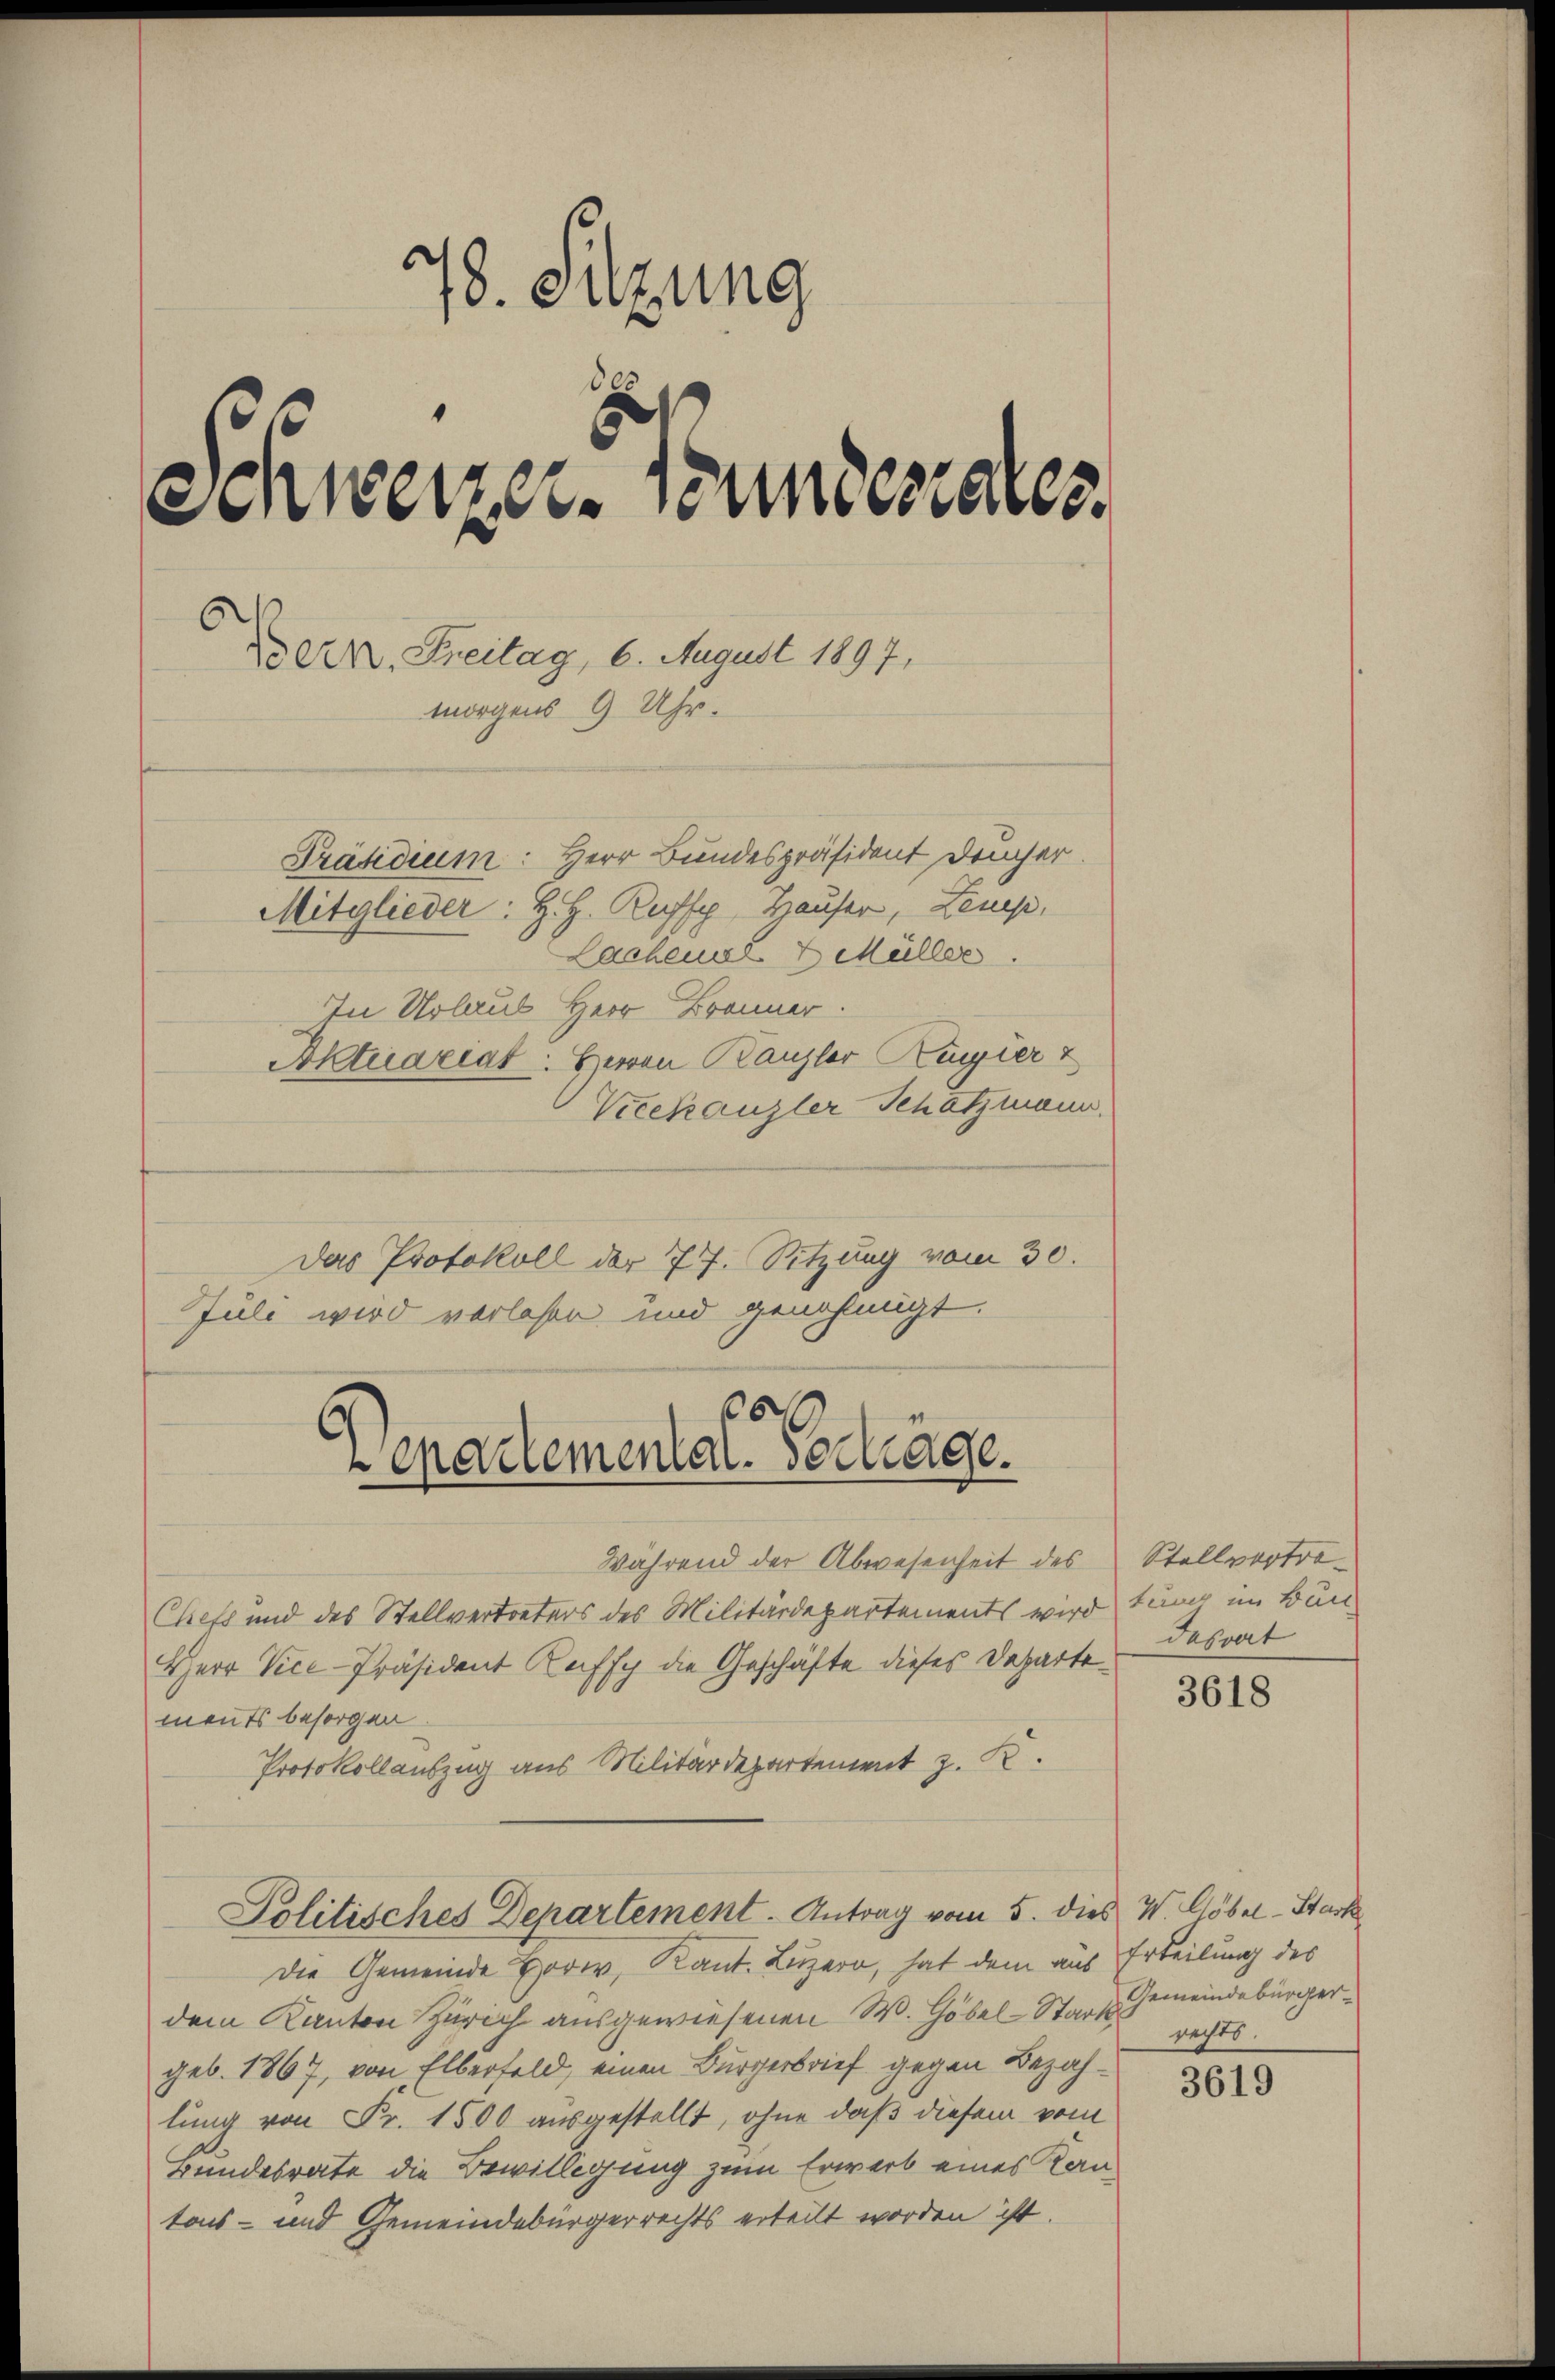
78. Sitzung
de
Schweizer-Bundesrates.
Bern, Freitag, 6. August 1897,
morgens 9 Uhr.
Präsidium: Herr Bundespräsident Deucher.
Mitglieder: H. H. Ruffy, Hauser, Leuep,
Lachenal 2 Müller
In Urlaub Herr Brenner.
Aktuariat: Herren Kanzler Kurier &

Vieekanzler Schatzmann.
Das Protokoll der 77. Sitzung vom 30.
Juli wird vorlesen und genehmigt.
Während der Abwesenheit des
Chefs und des Stellvertreters des Militärdepartements wird tung im Bun-
Herr Vice-Präsident Ruffy die Geschäfte dieses Departe
ments besorgen.
Protokollauszug aus Militärdepartement z. K.
Politisches Departement. Antrag vom 5. dies W. Göbel-Stark
Die Gemeinde Horw, Kant. Luzern, hat dem aus Erteilung des
dem Kanton Zürich ausgewiesenen W. Göbel-Stars Gemeindebürgergeb. 1867, von Elberfeld, einen Bürgerbrief gegen Bezahlung von Fr. 1500 ausgestellt, ohne daß diesem vom
Bundesrate die Bewilligung zum Erwerb eines Kantons- und Gemeindebürgerrechts erteilt worden ist.

100
Venartemental-Vertrage.

Stellvertradesrat

3618

rechts.

3619